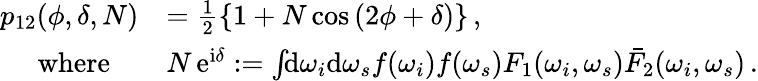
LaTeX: \begin{array}{rl}{p_{12}(\phi,\delta,N)}&{=\frac{1}{2}\left\{ 1+N\cos\left(2\phi+\delta\right)\right\} \, ,}\\ {\mathrm{where}\quad}&{N\, \mathrm{e}^{\mathrm{i}\delta}:=\int\! \! \mathrm{d}\omega_{i}\mathrm{d}\omega_{s}f(\omega_{i})f(\omega_{s})F_{1}(\omega_{i},\omega_{s})\bar{F}_{2}(\omega_{i},\omega_{s})\, .}\end{array}